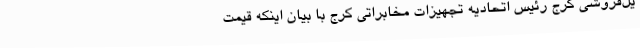
یل‌فروشی کرج رئیس اتحادیه تجهیزات مخابراتی کرج با بیان اینکه قیمت